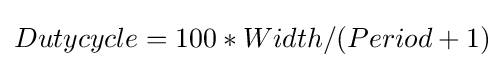
Dutycycle=100*Width/(Period+1)